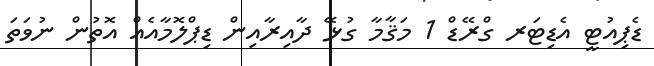
ޑެޕިއުޓީ އެޑިޓަރ ގްރޭޑް 1 މަޤާމާ ގުޅޭ ދާއިރާއިން ޑިޕްލޮމާއެއް އޮތުން ނުވަތަ